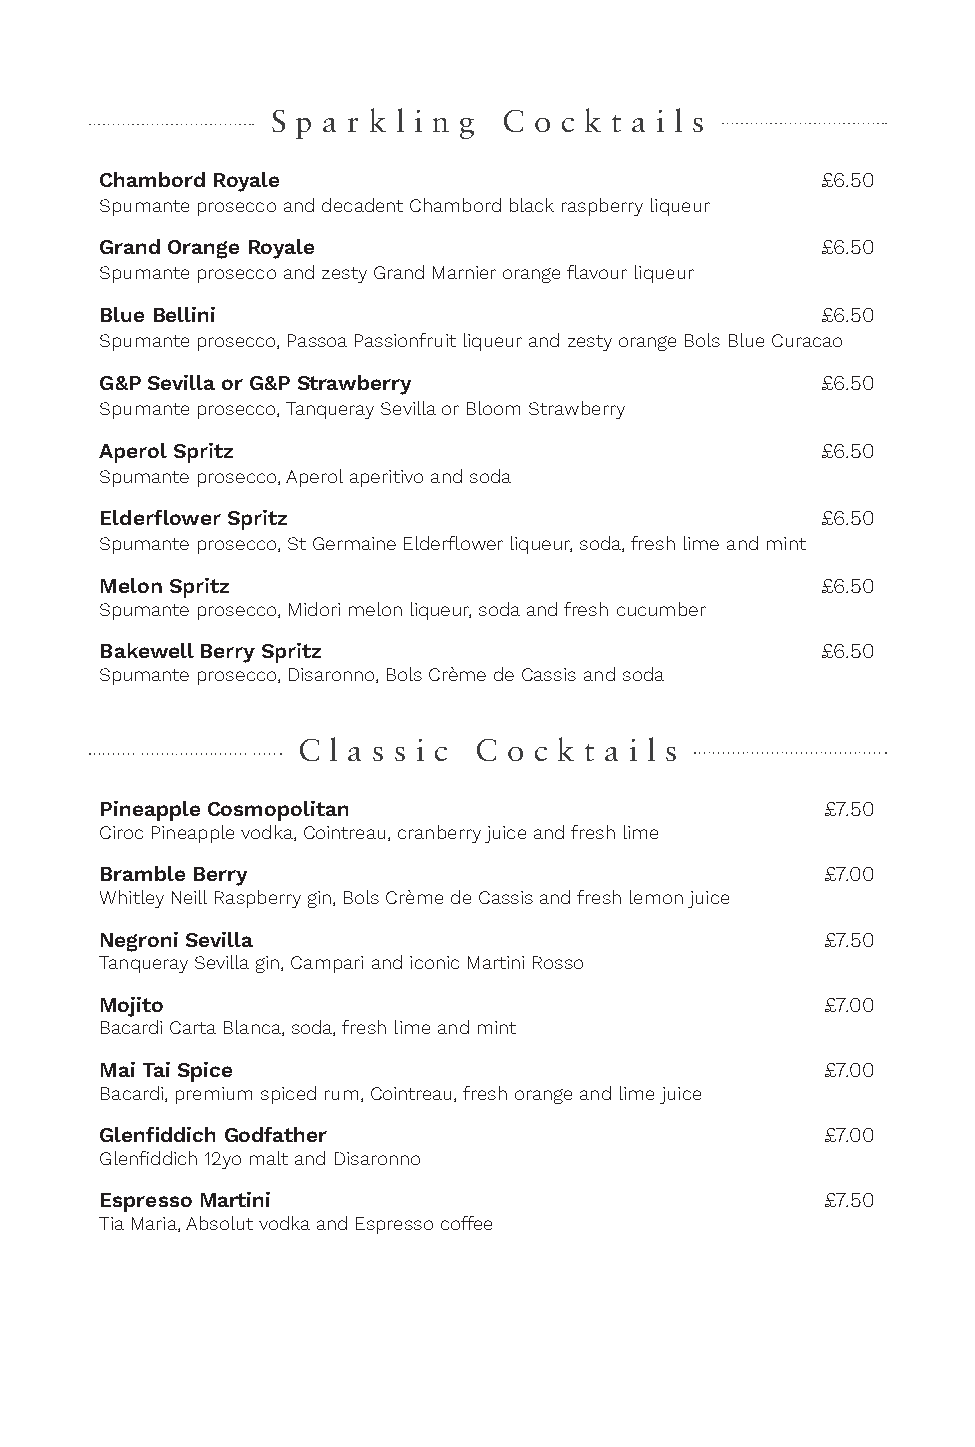
S p a r k l i n g C o c k t a i l s
 Chambord Royale                                £6.50
 Spumante prosecco and decadent Chambord black raspberry liqueur
 Grand Orange Royale                            £6.50
 Spumante prosecco and zesty Grand Marnier orange flavour liqueur
 Blue Bellini                                   £6.50
 Spumante prosecco, Passoa Passionfruit liqueur and zesty orange Bols Blue Curacao
 G&P Sevilla or G&P Strawberry                  £6.50
 Spumante prosecco, Tanqueray Sevilla or Bloom Strawberry
 Aperol Spritz                                  £6.50
 Spumante prosecco, Aperol aperitivo and soda
 Elderflower Spritz                             £6.50
 Spumante prosecco, St Germaine Elderflower liqueur, soda, fresh lime and mint
 Melon Spritz                                   £6.50
 Spumante prosecco, Midori melon liqueur, soda and fresh cucumber
 Bakewell Berry Spritz                          £6.50
 Spumante prosecco, Disaronno, Bols Crème de Cassis and soda
 C l a s s i c C o c k t a i l s
 Pineapple Cosmopolitan                          £7.50
 Ciroc Pineapple vodka, Cointreau, cranberry juice and fresh lime
 Bramble Berry                                   £7.00
 Whitley Neill Raspberry gin, Bols Crème de Cassis and fresh lemon juice
 Negroni Sevilla                                 £7.50
 Tanqueray Sevilla gin, Campari and iconic Martini Rosso
 Mojito                                          £7.00
 Bacardi Carta Blanca, soda, fresh lime and mint
 Mai Tai Spice                                   £7.00
 Bacardi, premium spiced rum, Cointreau, fresh orange and lime juice
 Glenfiddich Godfather                           £7.00
 Glenfiddich 12yo malt and Disaronno
 Espresso Martini                                £7.50
 Tia Maria, Absolut vodka and Espresso coffee